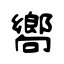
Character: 嚮